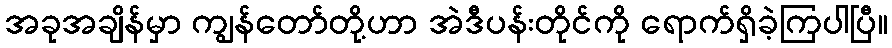
အခုအချိန်မှာ ကျွန်တော်တို့ဟာ အဲဒီပန်းတိုင်ကို ရောက်ရှိခဲ့ကြပါပြီ။